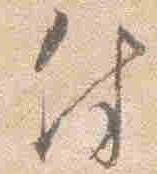
付